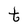
Character: t